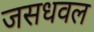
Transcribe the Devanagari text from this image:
जसधवल